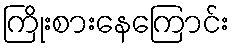
ကြိုးစားနေကြောင်း